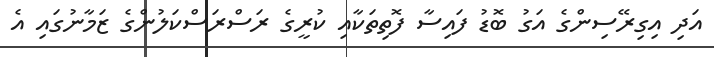
އަދި އިގިރޭސިންގެ އަގު ބޮޑު ފައިސާ ފޮތިތަކާއި ކުރީގެ ރަސްރަސްކަލުންގެ ޒަމާނުގައި އެ